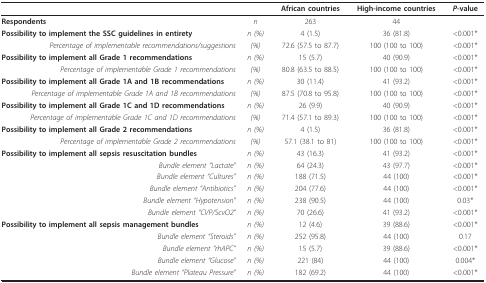
<table><thead><tr><td></td><td></td><td><b>African countries</b></td><td><b>High-income countries</b></td><td><b><i>P</i>-value</b></td></tr></thead><tbody><tr><td><b>Respondents</b></td><td><i>n</i></td><td>263</td><td>44</td><td></td></tr><tr><td><b>Possibility to implement the SSC guidelines in entirety</b></td><td><i>n (%)</i></td><td>4 (1.5)</td><td>36 (81.8)</td><td>&lt;0.001*</td></tr><tr><td><i>Percentage of implementable recommendations/suggestions</i></td><td><i>(%)</i></td><td>72.6 (57.5 to 87.7)</td><td>100 (100 to 100)</td><td>&lt;0.001*</td></tr><tr><td><b>Possibility to implement all Grade 1 recommendations</b></td><td><i>n (%)</i></td><td>15 (5.7)</td><td>40 (90.9)</td><td>&lt;0.001*</td></tr><tr><td><i>Percentage of implementable Grade 1 recommendations</i></td><td><i>(%)</i></td><td>80.8 (63.5 to 88.5)</td><td>100 (100 to 100)</td><td>&lt;0.001*</td></tr><tr><td><b>Possibility to implement all Grade 1A and 1B recommendations</b></td><td><i>n (%)</i></td><td>30 (11.4)</td><td>41 (93.2)</td><td>&lt;0.001*</td></tr><tr><td><i>Percentage of implementable Grade 1A and 1B recommendations</i></td><td><i>(%)</i></td><td>87.5 (70.8 to 95.8)</td><td>100 (100 to 100)</td><td>&lt;0.001*</td></tr><tr><td><b>Possibility to implement all Grade 1C and 1D recommendations</b></td><td><i>n (%)</i></td><td>26 (9.9)</td><td>40 (90.9)</td><td>&lt;0.001*</td></tr><tr><td><i>Percentage of implementable Grade 1C and 1D recommendations</i></td><td><i>(%)</i></td><td>71.4 (57.1 to 89.3)</td><td>100 (100 to 100)</td><td>&lt;0.001*</td></tr><tr><td><b>Possibility to implement all Grade 2 recommendations</b></td><td><i>n (%)</i></td><td>4 (1.5)</td><td>36 (81.8)</td><td>&lt;0.001*</td></tr><tr><td><i>Percentage of implementable Grade 2 recommendations</i></td><td><i>(%)</i></td><td>57.1 (38.1 to 81)</td><td>100 (100 to 100)</td><td>&lt;0.001*</td></tr><tr><td><b>Possibility to implement all sepsis resuscitation bundles</b></td><td><i>n (%)</i></td><td>43 (16.3)</td><td>41 (93.2)</td><td>&lt;0.001*</td></tr><tr><td><i>Bundle element &quot;Lactate&quot;</i></td><td><i>n (%)</i></td><td>64 (24.3)</td><td>43 (97.7)</td><td>&lt;0.001*</td></tr><tr><td><i>Bundle element &quot;Cultures&quot;</i></td><td><i>n (%)</i></td><td>188 (71.5)</td><td>44 (100)</td><td>&lt;0.001*</td></tr><tr><td><i>Bundle element &quot;Antibiotics&quot;</i></td><td><i>n (%)</i></td><td>204 (77.6)</td><td>44 (100)</td><td>&lt;0.001*</td></tr><tr><td><i>Bundle element &quot;Hypotension&quot;</i></td><td><i>n (%)</i></td><td>238 (90.5)</td><td>44 (100)</td><td>0.03*</td></tr><tr><td><i>Bundle element &quot;CVP/ScvO2&quot;</i></td><td><i>n (%)</i></td><td>70 (26.6)</td><td>41 (93.2)</td><td>&lt;0.001*</td></tr><tr><td><b>Possibility to implement all sepsis management bundles</b></td><td><i>n (%)</i></td><td>12 (4.6)</td><td>39 (88.6)</td><td>&lt;0.001*</td></tr><tr><td><i>Bundle element &quot;Steroids&quot;</i></td><td><i>n (%)</i></td><td>252 (95.8)</td><td>44 (100)</td><td>0.17</td></tr><tr><td><i>Bundle element &quot;rhAPC&quot;</i></td><td><i>n (%)</i></td><td>15 (5.7)</td><td>39 (88.6)</td><td>&lt;0.001*</td></tr><tr><td><i>Bundle element &quot;Glucose&quot;</i></td><td><i>n (%)</i></td><td>221 (84)</td><td>44 (100)</td><td>0.004*</td></tr><tr><td><i>Bundle element &quot;Plateau Pressure&quot;</i></td><td><i>n (%)</i></td><td>182 (69.2)</td><td>44 (100)</td><td>&lt;0.001*</td></tr></tbody></table>